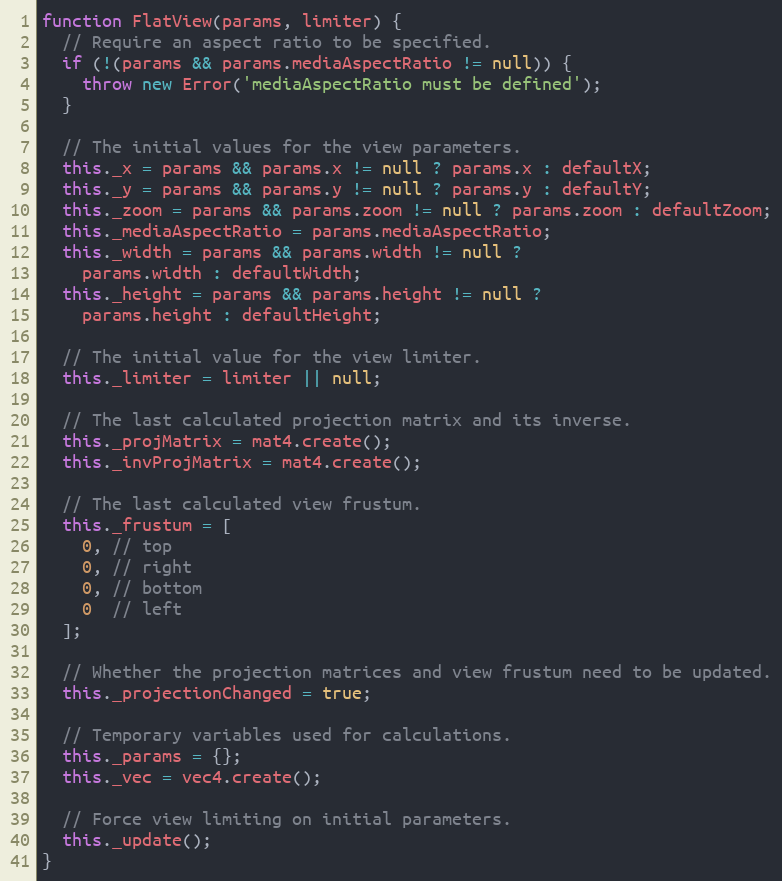
Language: JavaScript
function FlatView(params, limiter) {
  // Require an aspect ratio to be specified.
  if (!(params && params.mediaAspectRatio != null)) {
    throw new Error('mediaAspectRatio must be defined');
  }

  // The initial values for the view parameters.
  this._x = params && params.x != null ? params.x : defaultX;
  this._y = params && params.y != null ? params.y : defaultY;
  this._zoom = params && params.zoom != null ? params.zoom : defaultZoom;
  this._mediaAspectRatio = params.mediaAspectRatio;
  this._width = params && params.width != null ?
    params.width : defaultWidth;
  this._height = params && params.height != null ?
    params.height : defaultHeight;

  // The initial value for the view limiter.
  this._limiter = limiter || null;

  // The last calculated projection matrix and its inverse.
  this._projMatrix = mat4.create();
  this._invProjMatrix = mat4.create();

  // The last calculated view frustum.
  this._frustum = [
    0, // top
    0, // right
    0, // bottom
    0  // left
  ];

  // Whether the projection matrices and view frustum need to be updated.
  this._projectionChanged = true;

  // Temporary variables used for calculations.
  this._params = {};
  this._vec = vec4.create();

  // Force view limiting on initial parameters.
  this._update();
}